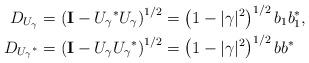
LaTeX: \begin{align*}D_{U_\gamma} &= \left( \mathbf{I} - {U_\gamma}^*{U_\gamma} \right)^{1/2} = \left( 1 -|\gamma|^2\right)^{1/2} b_1b_1^*,\\ D_{{U_\gamma}^*} &= \left( \mathbf{I}- {U_\gamma}{U_\gamma}^*\right)^{1/2} = \left( 1 -|\gamma|^2\right)^{1/2} b b^*\end{align*}